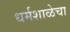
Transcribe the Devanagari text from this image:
धर्मशाळेचा